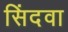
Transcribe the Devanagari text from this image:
सिंदवा